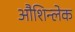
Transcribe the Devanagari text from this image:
औशिन्लेक